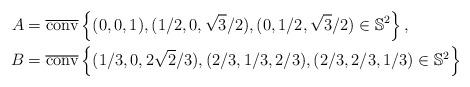
LaTeX: \begin{align*} A&=\overline{\rm{conv}}\left\{(0,0,1),(1/2,0,\sqrt{3}/2),(0,1/2,\sqrt{3}/2)\in \mathbb{S}^2 \right\},\\ B&=\overline{\rm{conv}}\left\{(1/3,0,2\sqrt{2}/3),(2/3,1/3,2/3),(2/3,2/3,1/3)\in \mathbb{S}^2 \right\}\end{align*}